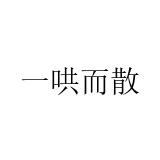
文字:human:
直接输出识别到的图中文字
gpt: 一哄而散